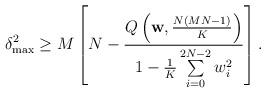
LaTeX: \begin{align*} \delta^2_{\max} \geq M \left [N-\frac{{Q}\left(\mathbf{{w}},\frac{N(MN-1)}{K}\right)}{1-\frac{1}{K}\sum\limits_{i=0}^{2N-2}w_i^2}\right ].\end{align*}